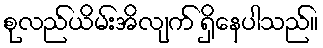
စုလည်ယိမ်းအိလျက် ရှိနေပါသည်။